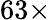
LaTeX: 63\times